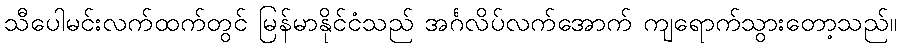
သီပေါမင်းလက်ထက်တွင် မြန်မာနိုင်ငံသည် အင်္ဂလိပ်လက်အောက် ကျရောက်သွားတော့သည်။